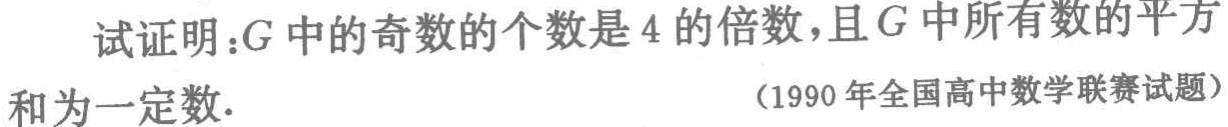
试证明：\(G\)中的奇数的个数是 \(4\) 的倍数，且 \(G\) 中所有数的平方和为一定数.

(1990年全国高中数学联赛试题)